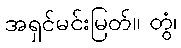
အရှင်မင်းမြတ်။ တွံ၊